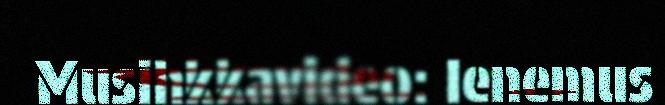
Musihkkavideo: Ienemus